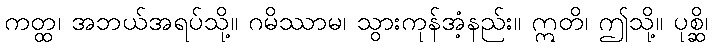
ကတ္ထ၊ အဘယ်အရပ်သို့။ ဂမိဿာမ၊ သွားကုန်အံ့နည်း။ ဣတိ၊ ဤသို့။ ပုစ္ဆိ၊